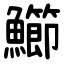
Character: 䲙